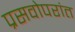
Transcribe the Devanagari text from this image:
प्रसवोपरांत